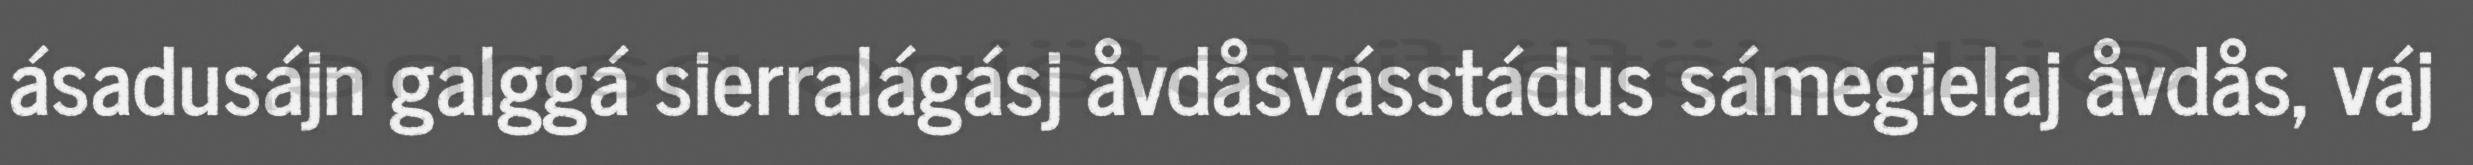
ásadusájn galggá sierralágásj åvdåsvásstádus sámegielaj åvdås, váj